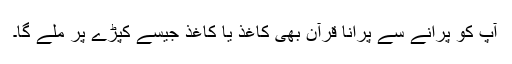
آپ کو پرانے سے پرانا قرآن بھی کاغذ یا کاغذ جیسے کپڑے پر ملے گا۔